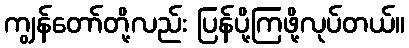
ကျွန်တော်တို့လည်း ပြန်ပို့ကြဖို့လုပ်တယ်။